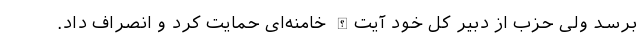
برسد ولی حزب از دبیر کل خود آیت‌الله خامنه‌ای حمایت کرد و انصراف داد.